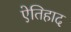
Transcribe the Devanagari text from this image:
ऐतिहाद